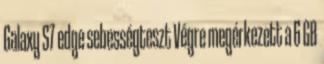
Galaxy S7 edge sebességteszt Végre megérkezett a 6 GB